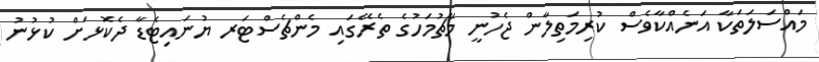
މައްސަލަތަކާ އަނެއްކާވެސް ކުރިމަތިލާން ޖެހުނީ މާޗުމަހުގެ ތެރޭގައި މެންޗެސްޓަރ ޔުނައިޓެޑާ ދެކޮޅަށް ކުޅުނު